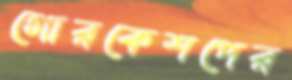
গোরকেশপের